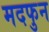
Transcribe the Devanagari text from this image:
मदफुन